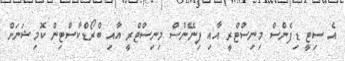
އެ ސިޓީ ޑިފެންސް މިނިސްޓްރީ އާއި ފިނޭންސް މިނިސްޓްރީ އާއި ބްރޯޑްކާސްޓިން ކޮމިޝަނަށް